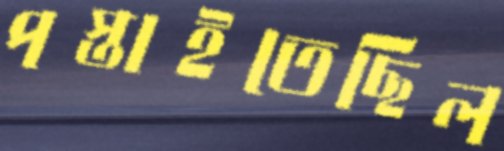
পস্তাইতেছিল